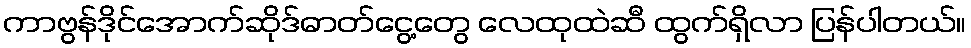
ကာဗွန်ဒိုင်အောက်ဆိုဒ်ဓာတ်ငွေ့တွေ လေထုထဲဆီ ထွက်ရှိလာ ပြန်ပါတယ်။